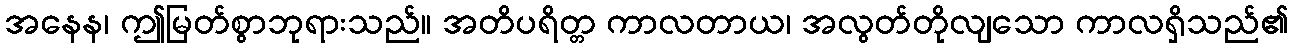
အနေန၊ ဤမြတ်စွာဘုရားသည်။ အတိပရိတ္တ ကာလတာယ၊ အလွတ်တိုလျသော ကာလရှိသည်၏